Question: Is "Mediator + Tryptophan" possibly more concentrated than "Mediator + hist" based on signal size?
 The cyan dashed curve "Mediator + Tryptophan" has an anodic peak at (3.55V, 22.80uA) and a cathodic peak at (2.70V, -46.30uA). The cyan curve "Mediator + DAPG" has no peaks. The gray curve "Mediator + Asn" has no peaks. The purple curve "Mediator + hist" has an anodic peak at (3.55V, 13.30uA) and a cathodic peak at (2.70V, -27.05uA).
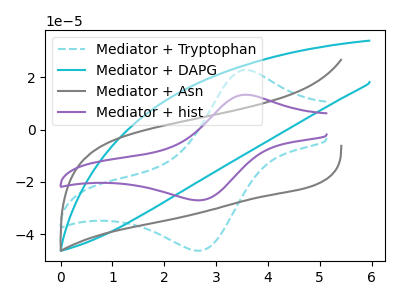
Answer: <think>All the peaks in "Mediator + Tryptophan" have a peak in "Mediator + hist" at the same potential. Every peak in "Mediator + Tryptophan" is higher than every peak in "Mediator + hist".
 </think>
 <answer>"Mediator + Tryptophan" has more signal than "Mediator + hist".</answer>
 <eval>more_signal</eval>